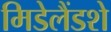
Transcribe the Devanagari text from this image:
मिडेलैंडशे